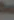
வே